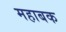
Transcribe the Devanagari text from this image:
महाबक